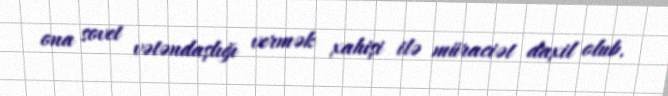
ona sovet vətəndaşlığı vermək xahişi ilə müraciət daxil olub.